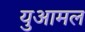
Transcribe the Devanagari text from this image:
युआमल